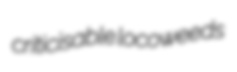
criticisable locoweeds